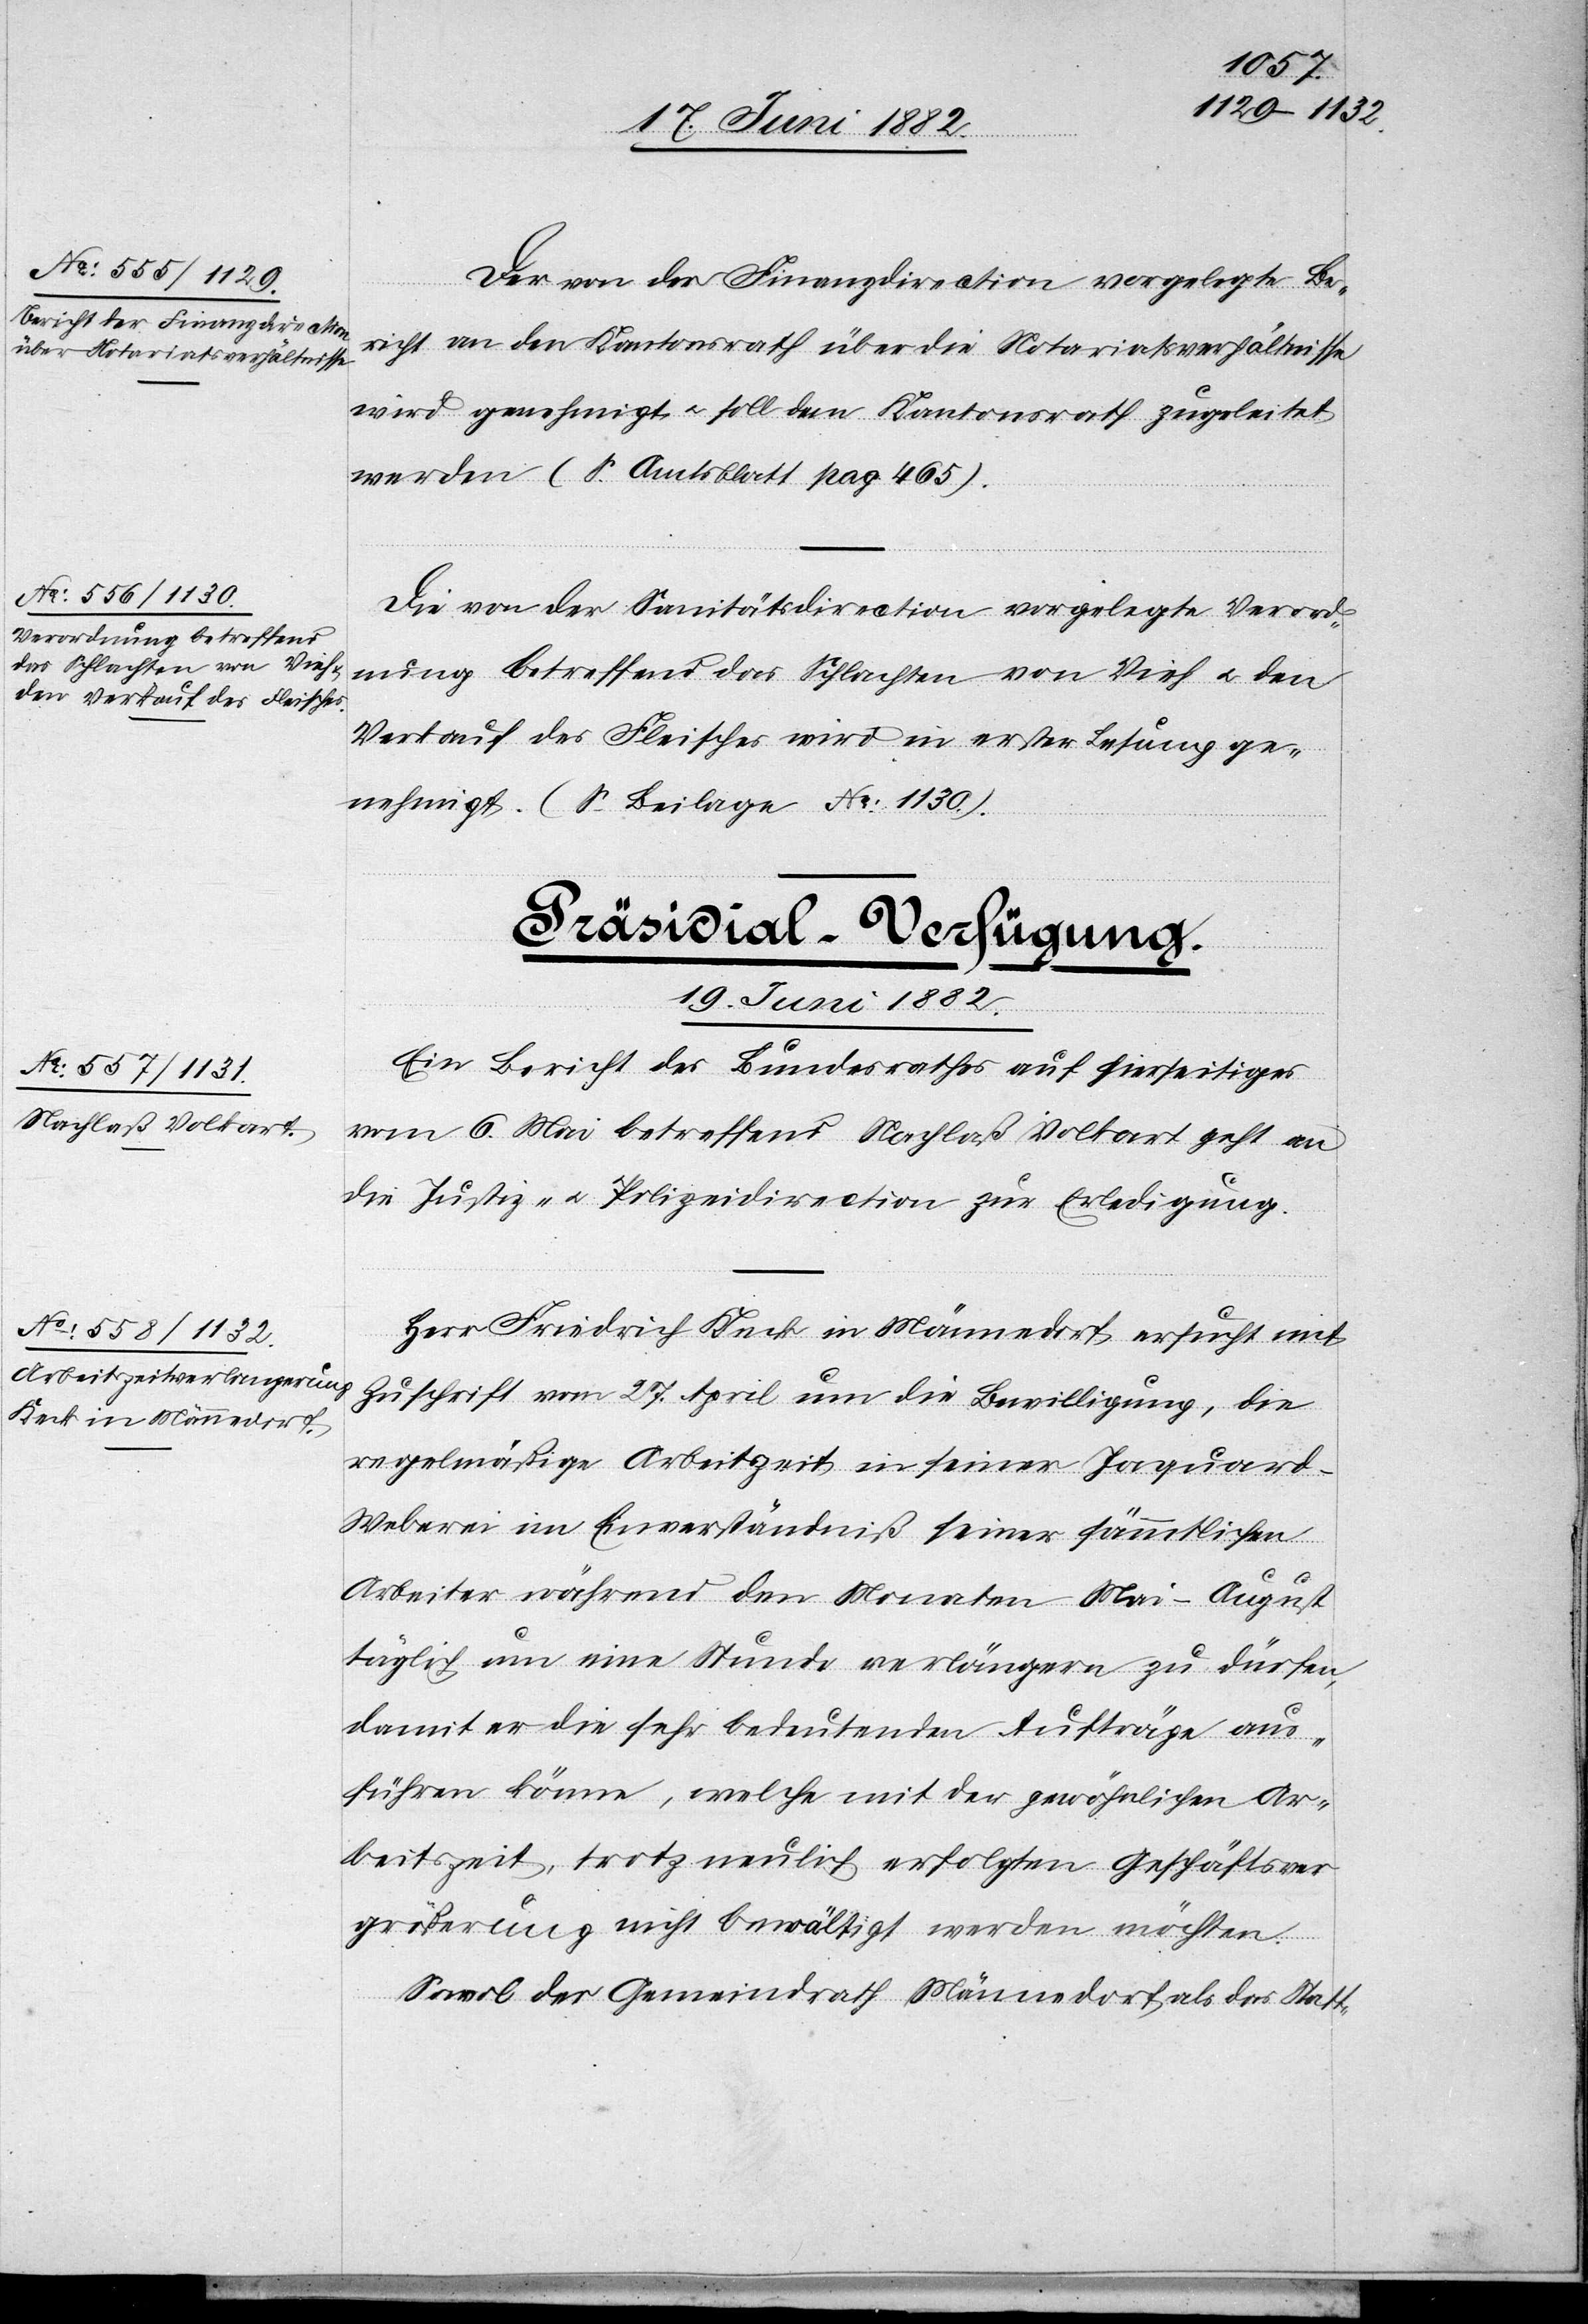
Der von der Finanzdirection vorgelegte Be¬
richt an den Kantonsrath über die Notariatsverhältnisse
wird genehmigt u. soll dem Kantonsrath zugeleitet
werden (S. Amtsblatt pag. 465).
Die von der Sanitätsdirection vorgelegte Verord¬
nung betreffend das Schlachten von Vieh u. den
Verkauf des Fleisches wir in erster Lesung ge¬
nehmigt. (S. Beilage No 1130).
[Präsidial-Verfügung.
19. Juni 1882.]
Ein Bericht des Bundesrathes auf hierseitiges
vom 6. Mai betreffend Nachlaß Volkart geht an
die Justiz- u. Polizeidirection zur Erledigung.
Herr Friedrich Keck in Männedorf ersucht mit
Zuschrift vom 27. April um die Bewilligung, die
regelmäßige Arbeitszeit in seiner Jaquard-W¬
eberei im Einverständniß seiner sämmtlichen
Arbeiter während den Monaten Mai–August
täglich um eine Stunde verlängern zu dürfen,
damit er die sehr bedeutenden Aufträge aus¬
führen könne, welche mit der gewöhnlichen Ar¬
beitszeit, trotz neulich erfolgten [sic!] Geschäftsver¬
größerung nicht bewältigt werden möchte.
Sowol der Gemeindrath Männedorf als das Statt-